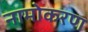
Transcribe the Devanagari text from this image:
नामोकरण